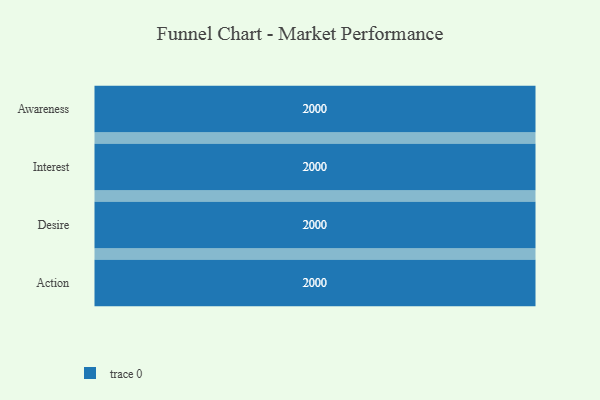
{"axis": {"x": "Stage", "y": "Value"}, "legend": [""], "data": [{"x": "Awareness", "y": 2000, "type": ""}, {"x": "Interest", "y": 2000, "type": ""}, {"x": "Desire", "y": 2000, "type": ""}, {"x": "Action", "y": 2000, "type": ""}]}